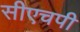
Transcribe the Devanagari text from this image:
सीएचपी